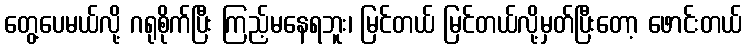
တွေ့ပေမယ်လို့ ဂရုစိုက်ပြီး ကြည့်မနေရဘူး၊ မြင်တယ် မြင်တယ်လို့မှတ်ပြီးတော့ ဖောင်းတယ်